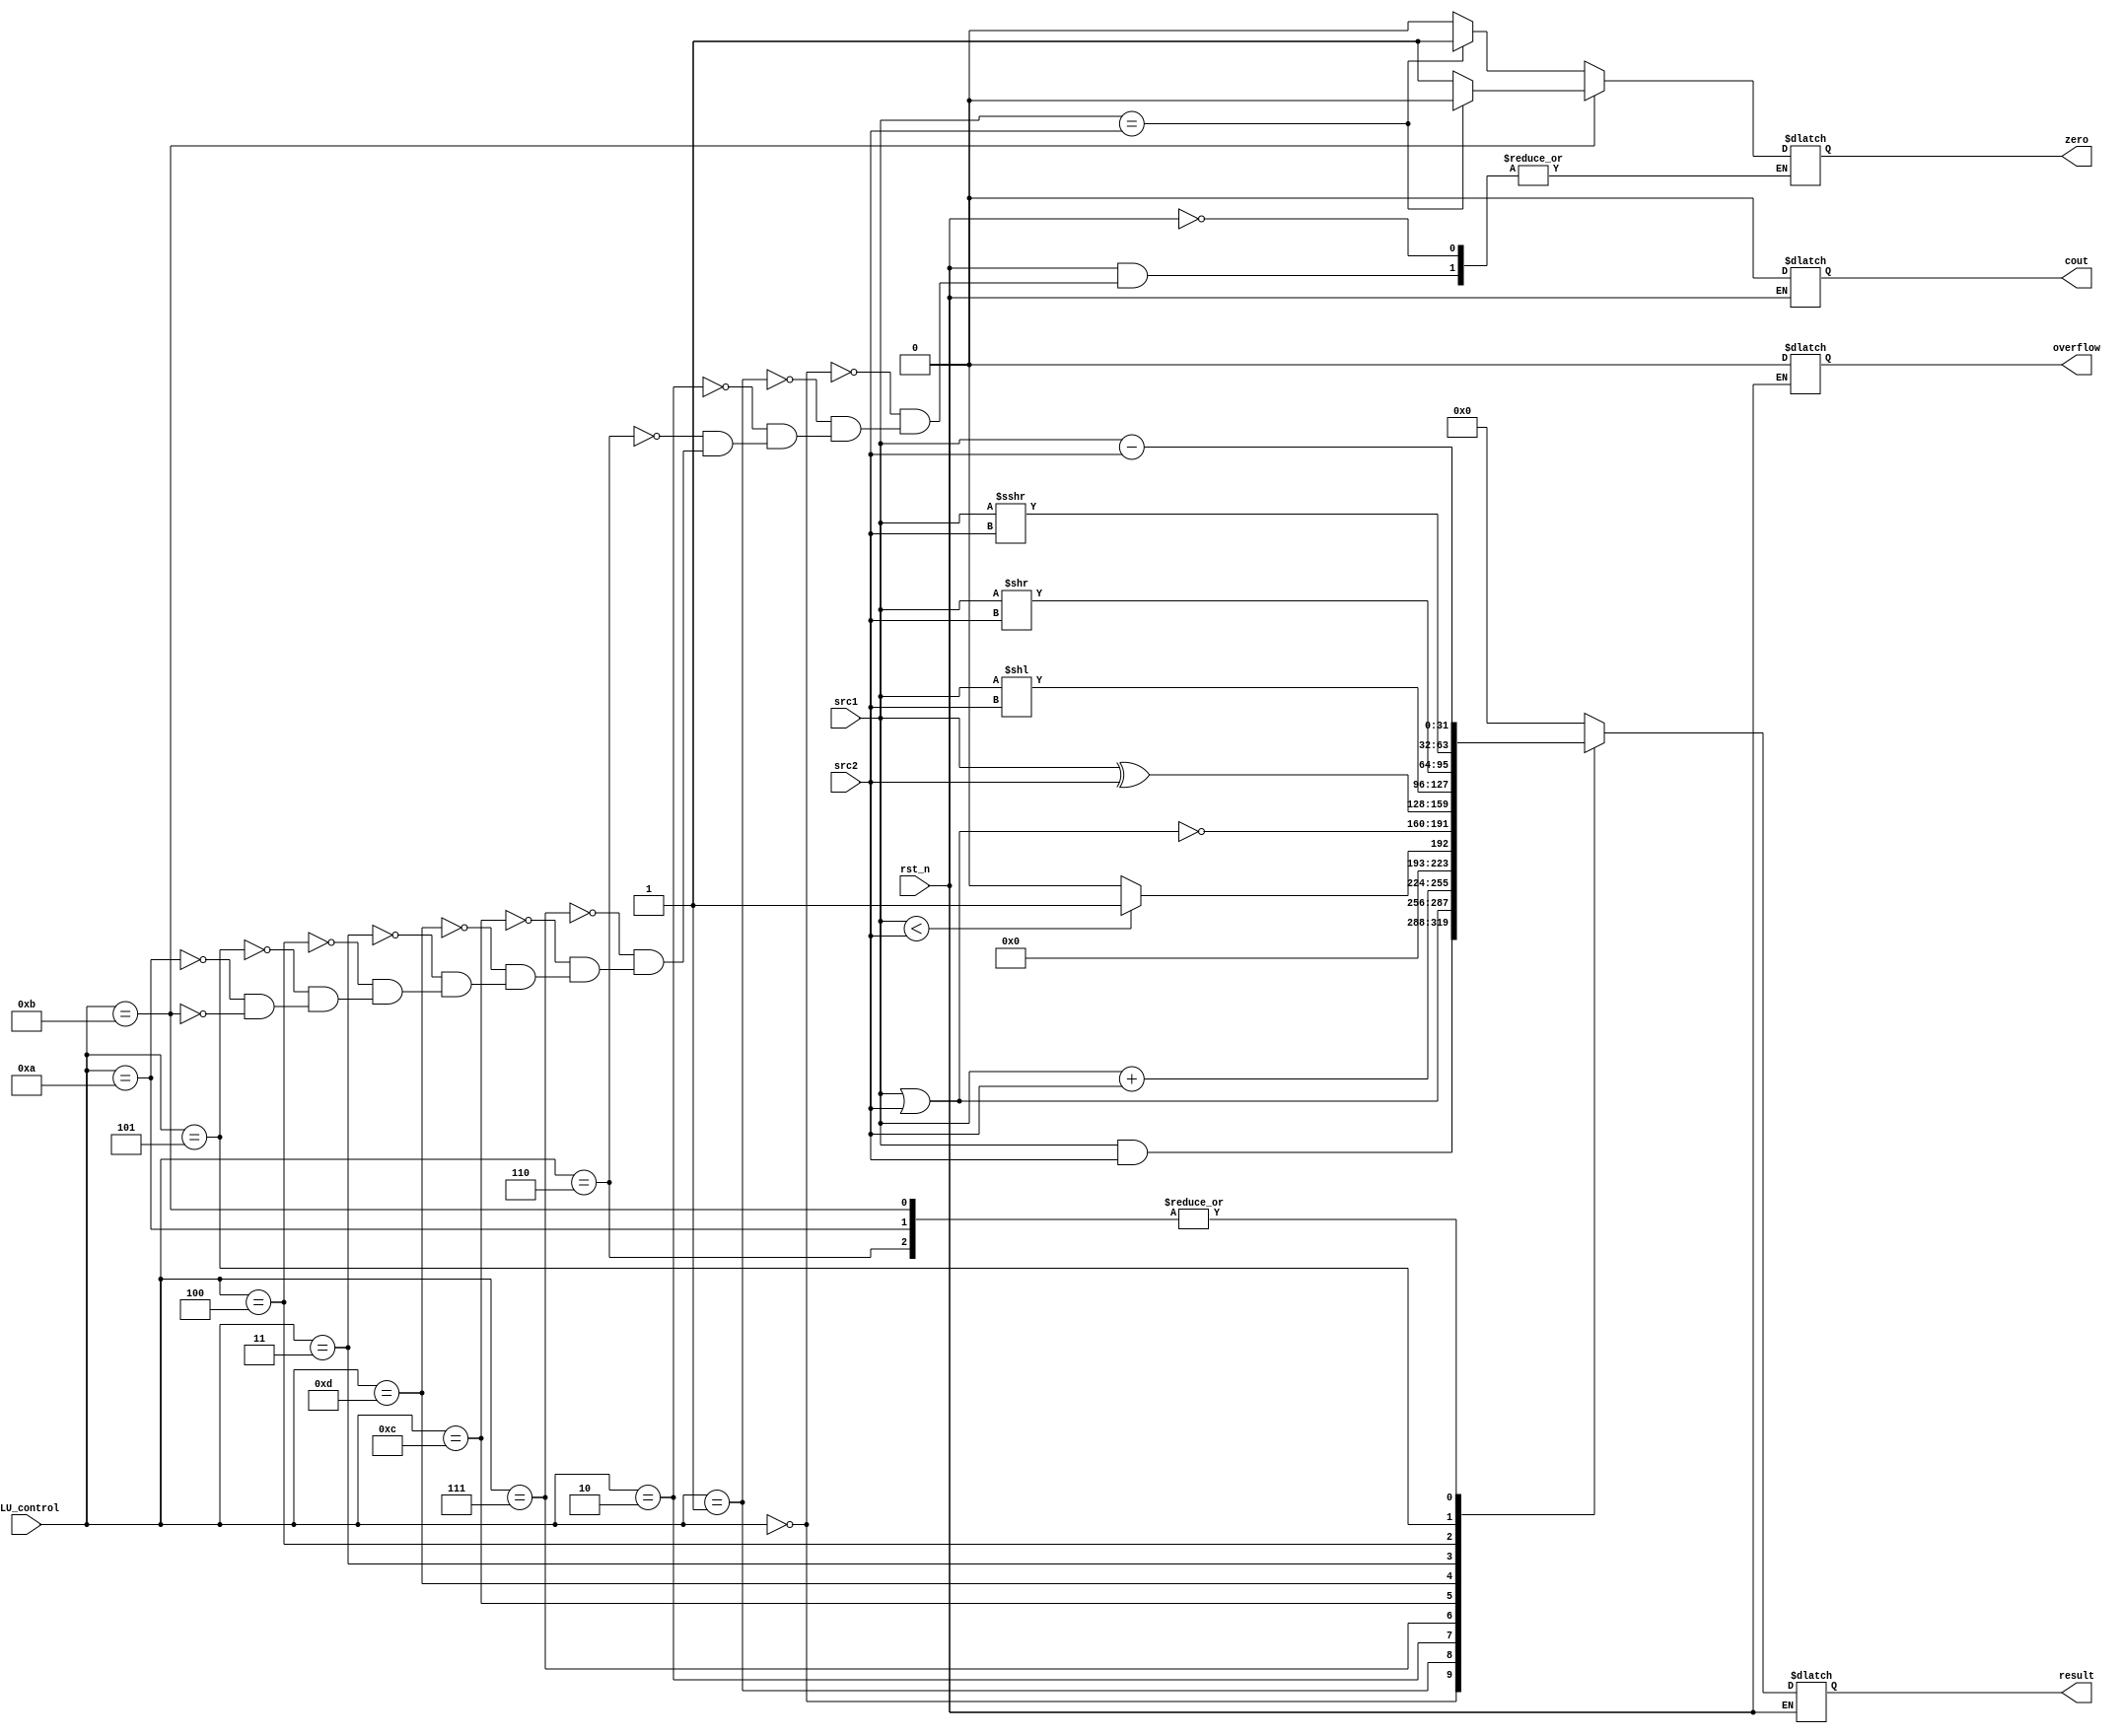
/***************************************************
Student Name:
Student ID:
***************************************************/
`timescale 1ns/1ps

module alu(
	input                   rst_n,         // negative reset            (input)
	input	     [32-1:0]	src1,          // 32 bits source 1          (input)
	input	     [32-1:0]	src2,          // 32 bits source 2          (input)
	input 	     [ 4-1:0] 	ALU_control,   // 4 bits ALU control input  (input)
	output reg   [32-1:0]	result,        // 32 bits result            (output)
	output reg              zero,          // 1 bit when the output is 0, zero must be set (output)
	output reg              cout,          // 1 bit carry out           (output)
	output reg              overflow       // 1 bit overflow            (output)
	);

/* Write your code HERE */

always @* 
   begin
      if (rst_n) begin          
	 //$display("%0dns :\$display: result=%h overflow=%b"  , $stime, result, overflow);
	cout <= 1'b0; //Don't care
	overflow <= 1'b0; //Don't care

	case(ALU_control)
		/* AND :0*/
		4'b0000: 
			begin 
				result <= src1 & src2;
				zero <= (src1 == src2)?1:0; 
			end
		/* OR :1*/	
		4'b0001: 
			begin 
				result <= src1 | src2; 
				zero <= (src1 == src2)?1:0;  
			end
		/* ADD :2*/
		4'b0010: 
			begin
				result <= src1 + src2;
				zero <= (src1 == src2)?1:0; 
			end
		/* SUB :6*/
		4'b0110: 
			begin
				result <= src1 - src2;
				zero <= (src1 == src2)?1:0; 	
			end
		/* SLT :7*/
		4'b0111: 
			begin
				result <= (src1 < src2)?1:0;
				zero <= (src1 == src2)?1:0; 	   
			end
		/* NOR :12*/
		4'b1100: 
			begin
				result <= ~(src1 | src2);
				zero <= (src1 == src2)?1:0; 	
			end
		/* XOR :13*/
		4'b1101: 
			begin
				result <= src1 ^ src2;
				zero <= (src1 == src2)?1:0; 
			end
		/* SLL :3*/
		4'b0011: 
			begin
				result <= src1 << src2;
				zero <= (src1 == src2)?1:0; 
			end
		/* SRL :4*/
		4'b0100: 
			begin
				result <= src1 >> src2;
				zero <= (src1 == src2)?1:0; 
			end
		/* SRA :5*/
		4'b0101: 
			begin
				result <= src1 >>> src2;
				zero <= (src1 == src2)?1:0; 
			
			end

		/* BEQ :10*/
		4'b1010: 
			begin
				result <= src1 - src2;
				zero <= (src1 == src2)?1:0; 
			end

		/* BNE :11*/
		4'b1011: 
			begin
				result <= src1 - src2;
				zero <= (src1 == src2)?0:1;
			
			end
		
		default: result <= 32'b00000000000000000000000000000000; 

	endcase

	/* Used in beq/bne*/
	//zero <= ~|result; 
	
      end 
   end



endmodule